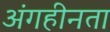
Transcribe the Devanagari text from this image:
अंगहीनता